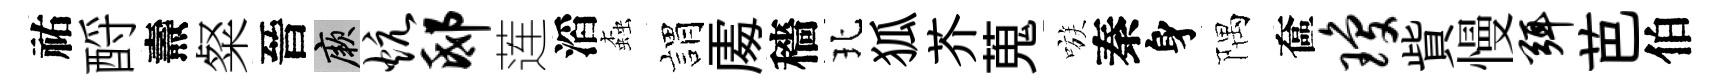
祐酹燾粲晉厥炕邸莲滔螙娟𠁅穡北狐芥蒐嗾秦身隅奩琼貲慢弭芭伯